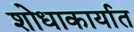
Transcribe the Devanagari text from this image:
शोधाकार्यात